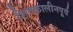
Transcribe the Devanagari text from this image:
शिवकालीनपूर्व